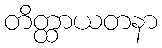
တိတ္ထာယတနာ